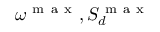
\omega ^ { \mathrm { ~ m ~ a ~ x ~ } } , S _ { d } ^ { \mathrm { ~ m ~ a ~ x ~ } }